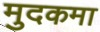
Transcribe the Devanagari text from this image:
मुदकमा